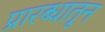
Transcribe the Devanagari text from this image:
प्रारब्धातून